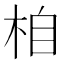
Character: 𣑉